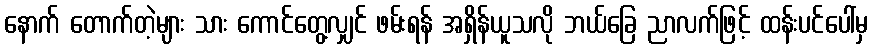
နောက် တောက်တဲ့များ သား ကောင်တွေ့လျှင် ဖမ်းရန် အရှိန်ယူသလို ဘယ်ခြေ ညာလက်ဖြင့် ထန်းပင်ပေါ်မှ